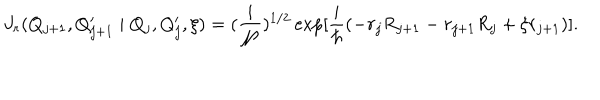
LaTeX: J _ { r } ( Q _ { j + 1 } , Q _ { j + 1 } ^ { \prime } \mid Q _ { j } , Q _ { j } ^ { \prime } , \xi ) = ( \frac { i } { \cal N } ) ^ { 1 / 2 } \exp [ \frac { i } { \hbar } ( - r _ { j } R _ { j + 1 } - r _ { j + 1 } R _ { j } + \xi r _ { j + 1 } ) ] .